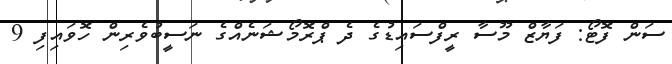
ސަން ފޮޓޯ: ފަޔާޒް މޫސާ ރީފްސައިޑުގެ ދެ ޕްރޮމޯޝަނެއްގެ ނަސީބުވެރިން ހޮވައިފި 9